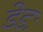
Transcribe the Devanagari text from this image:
डेडः